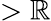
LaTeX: >\mathbb{R}